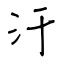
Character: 汗